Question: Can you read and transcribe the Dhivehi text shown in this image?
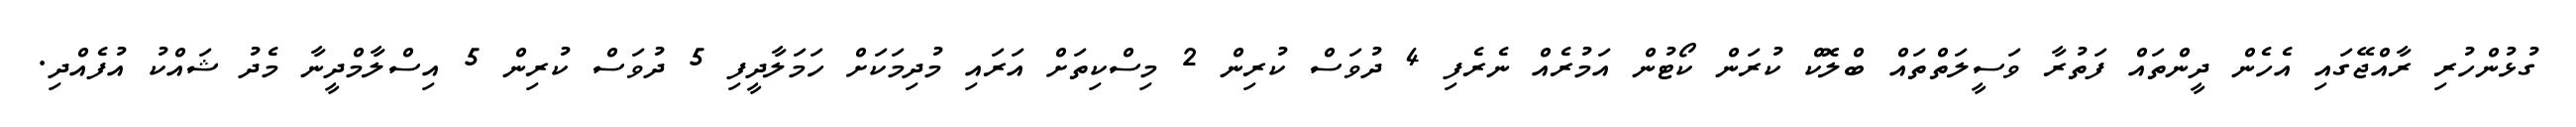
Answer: ގުޅުންހުރި ރާއްޖޭގައި އެހެން ދީންތައް ފަތުރާ ވަސީލަތްތައް ބްލޮކް ކުރަން ކޯޓުން އަމުރެއް ނެރެފި 4 ދުވަސް ކުރިން 2 މިސްކިތަށް އަރައި މުދިމަކަށް ހަމަލާދީފި 5 ދުވަސް ކުރިން 5 އިސްލާމްދީނާ މެދު ޝައްކު އުފެއްދި.